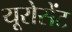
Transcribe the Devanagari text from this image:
यूरोसेंट